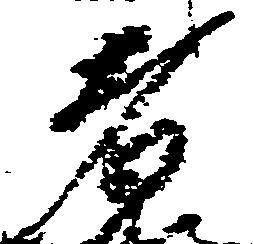
者